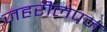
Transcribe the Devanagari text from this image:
जहरीलेपन